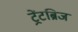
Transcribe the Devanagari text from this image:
ट्रेंटब्रिज